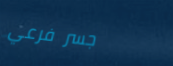
جسر فرعي